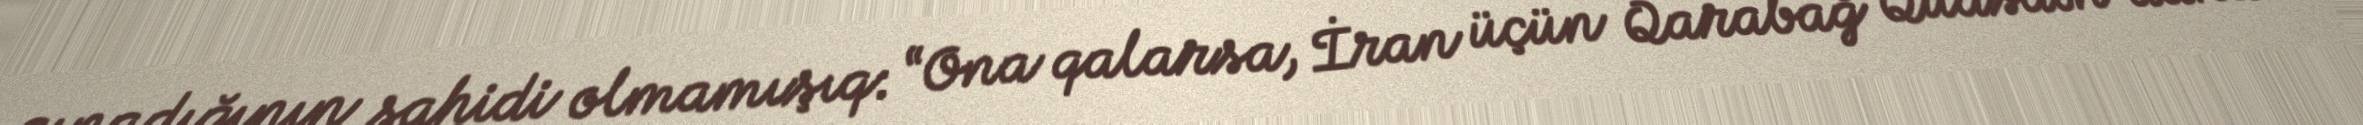
qınadığının şahidi olmamışıq: “Ona qalarsa, İran üçün Qarabağ Qüdsdən daha